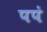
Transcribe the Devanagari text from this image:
पपं